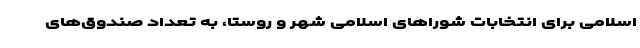
اسلامی برای انتخابات شوراهای اسلامی شهر و روستا، به تعداد صندوق‌های